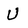
Character: U